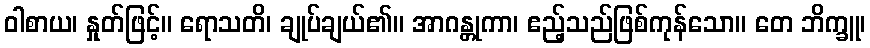
ဝါစာယ၊ နှုတ်ဖြင့်။ ရောသတိ၊ ချုပ်ချယ်၏။ အာဂန္တုကာ၊ ဧည့်သည်ဖြစ်ကုန်သော။ တေ ဘိက္ခူ၊